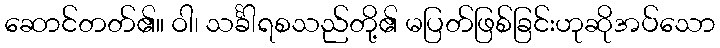
ဆောင်တတ်၏။ ဝါ၊ သင်္ခါရစသည်တို့၏ မပြတ်ဖြစ်ခြင်းဟုဆိုအပ်သော